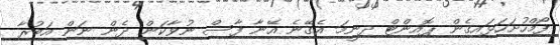
ފޯމްހުށަހަޅައިގެން ޕޮއިންޓް ދިނީމަ އެގޭނެ އޭނާ ފާސް ނުވާކަން ދެން ނަން އަބުރާ